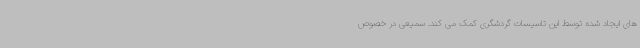
های ایجاد شده توسط این تاسیسات گردشگری کمک می کند. سمیعی در خصوص